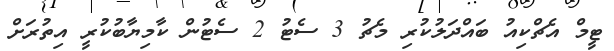
ޓީމް އެޗްކިއު ބައްދަލުކުރި މެޗު 3 ސެޓު 2 ސެޓުން ކާމިޔާބުކުރީ އިތުރަށް